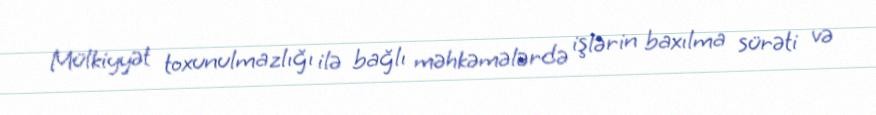
Mülkiyyət toxunulmazlığı ilə bağlı məhkəmələrdə işlərin baxılma sürəti və